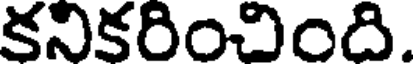
కనికరించింది.